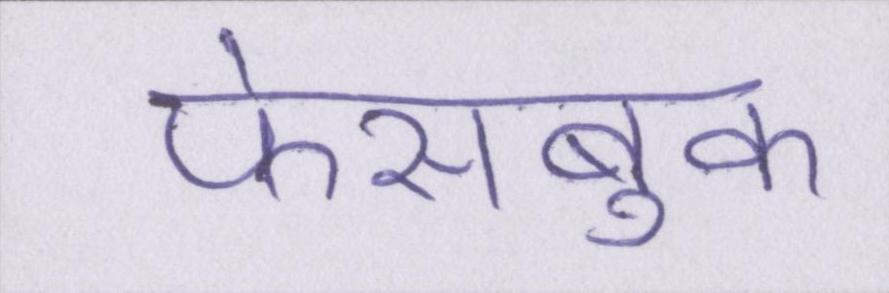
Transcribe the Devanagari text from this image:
फेसबुक